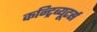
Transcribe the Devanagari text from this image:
कन्ट्रिब्यूटर्स